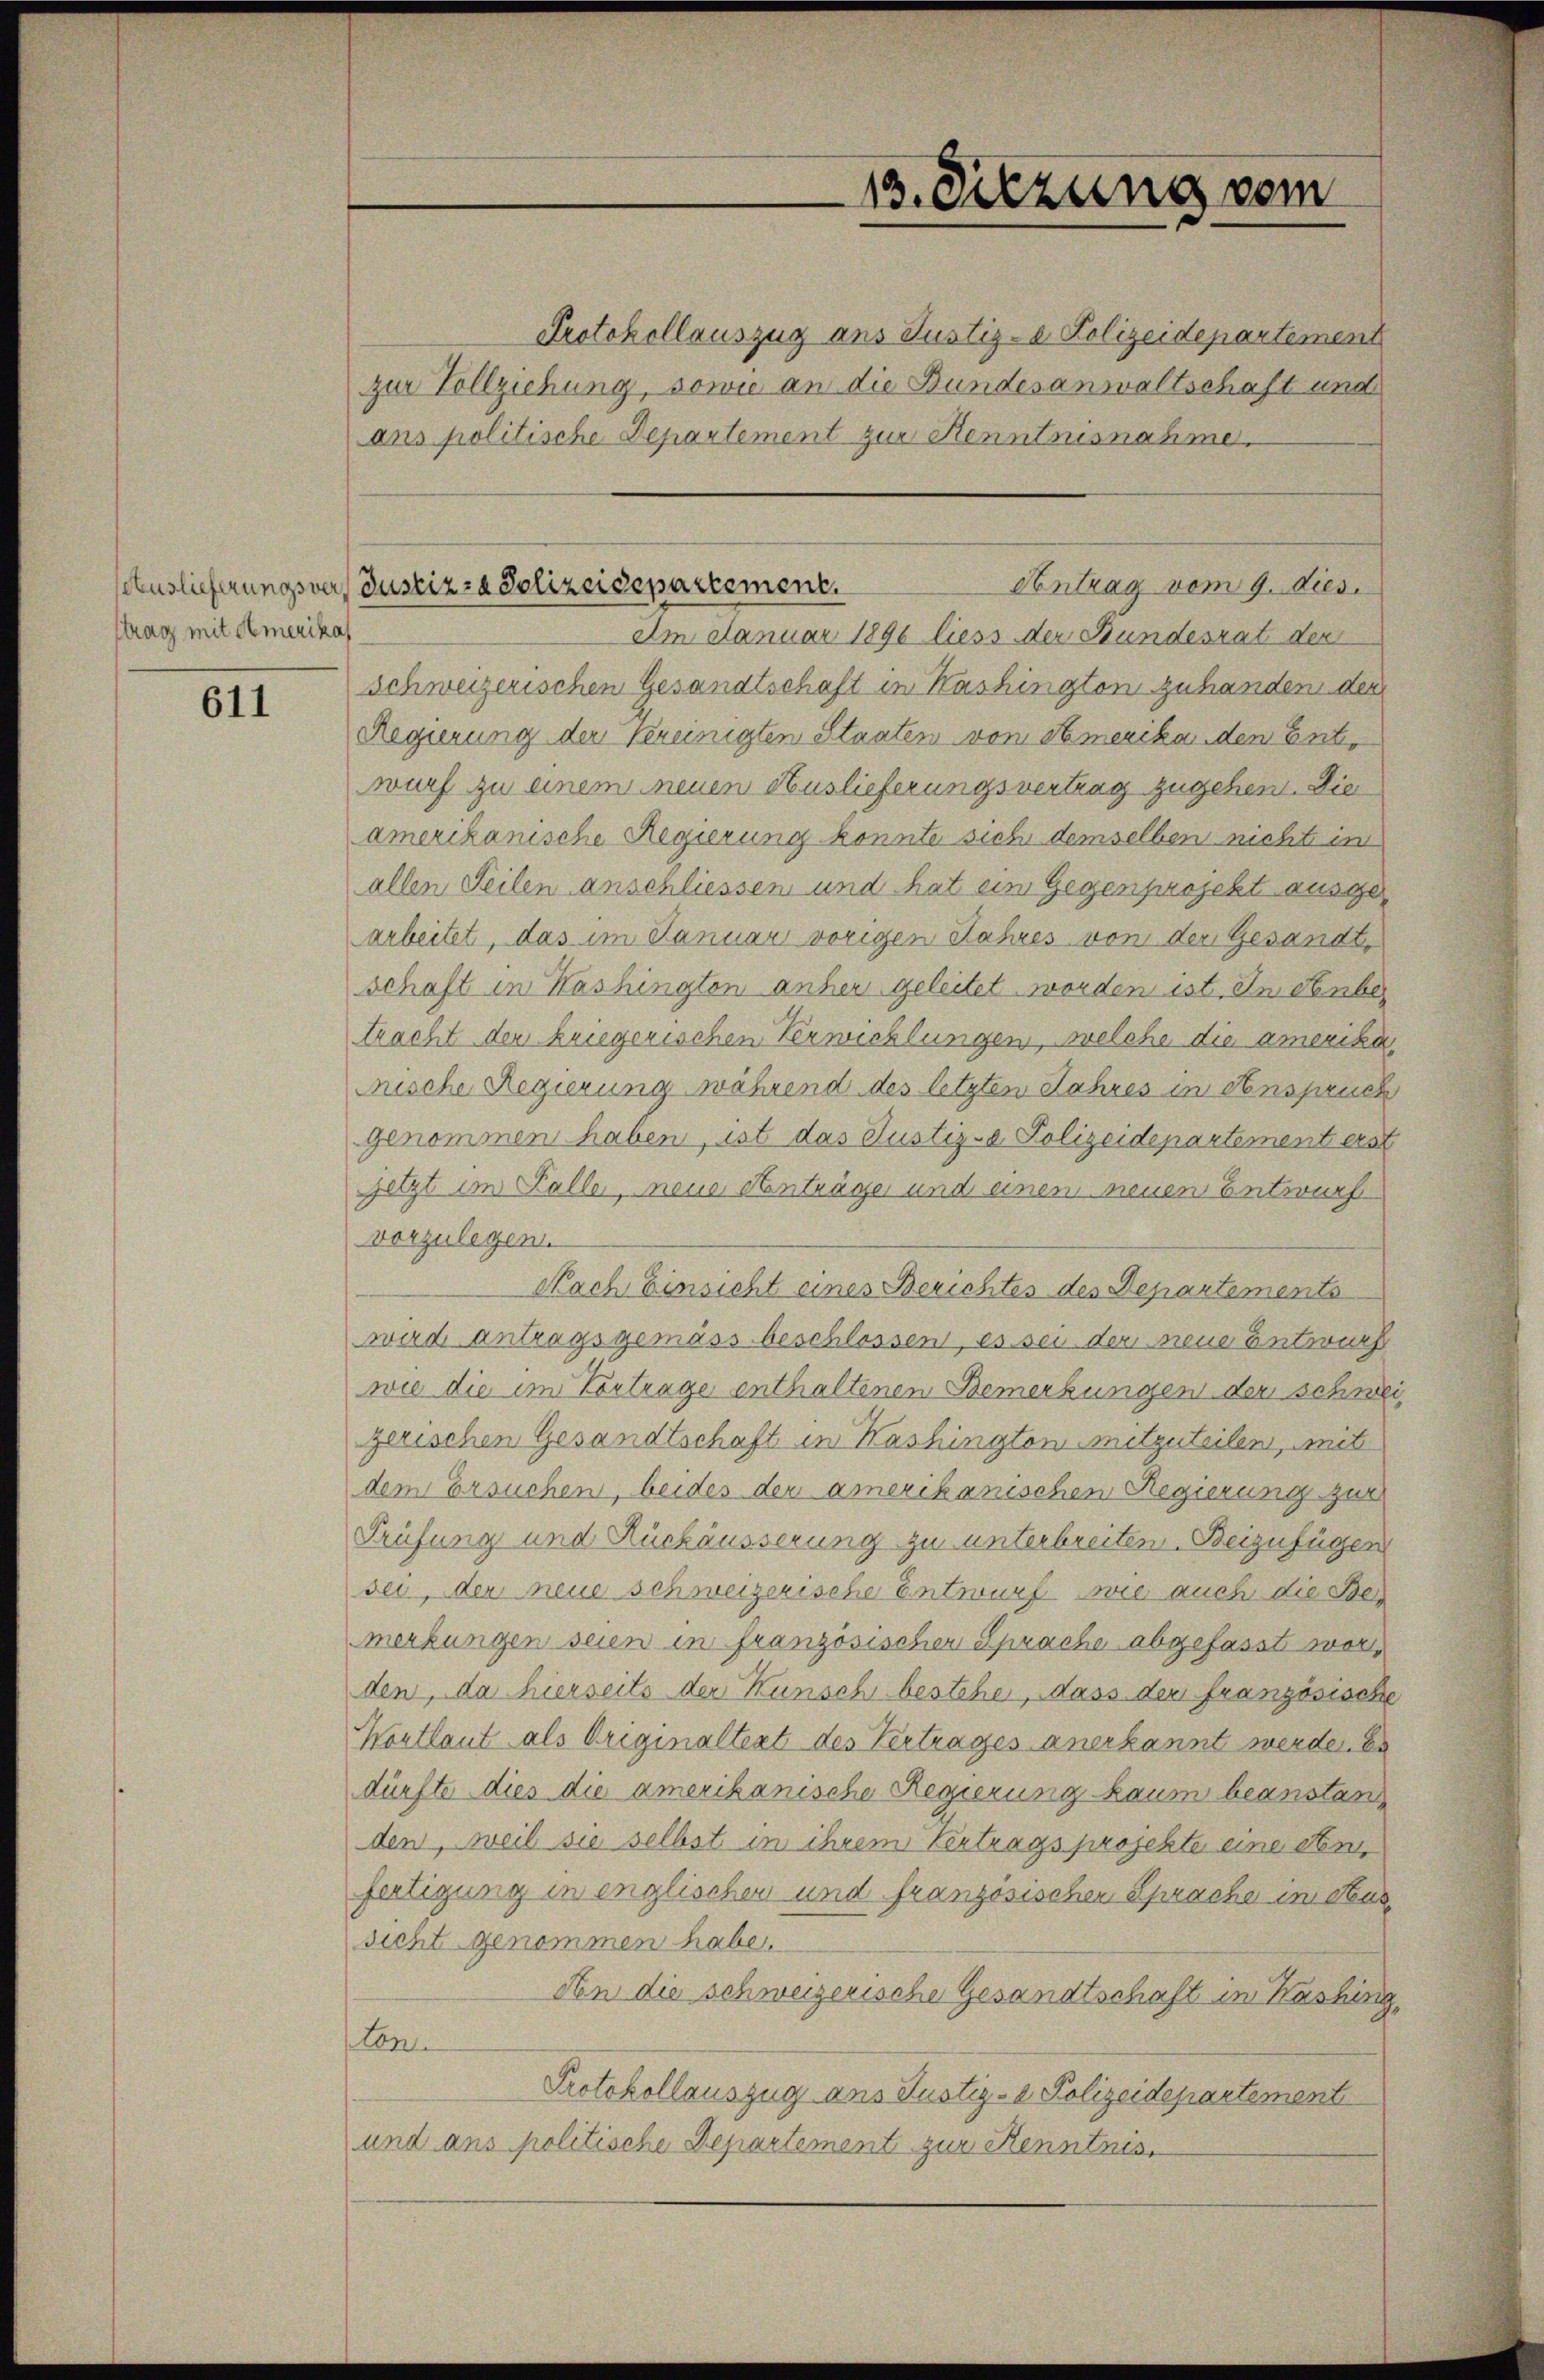
strag mit Amerikas

611

Protokollauszug aus Justiz- & Polizeidepartement
zur Vollziehung, sowie an die Bundesanwaltschaft und
ans politische Departement zur Kenntnisnahme.
Am Januar 1896 liess der Bundesrat der
Schweizerischen Gesandtschaft in Kashington zuhanden der
Regierung der Vereinigten Staaten von Amerika den Entwurf zu einem neuen Auslieferungsvertrag zugehen. Die
amerikanische Regierung konnte sich demselben nicht im
allen Teilen anschliessen und hat ein Gegenprojekt ausgearbeitet, das im Januar vorigen Jahres von der Gesandt,
schaft in Washington anher geleitet worden ist. In denber
tracht der kriegorischen Verwicklungen, welche die amerika
ische Regierung während des letzten Jahres in Anspruch
genommen haben, ist das Justiz- Polizeidepartement erst
setzt im Falle, neue Hanträge und einem neuen Entwurf
vorzulegen
Nach Einsicht eines Berichtes des Departements
wird antragsgemäss beschlossen, es sei der neue Entwurf
wie die im Vortrage enthaltenen Bemerkungen der schweizerischen Gesandtschaft in Washington mitzuteilen, mit
dem Ersuchen, beides der amerikanischen Regierung zur
Prüfung und Rückäusserung zu unterbreiten. Beizufügen
sei, der neue schweizerische Entwurf wie auch die Bemerkungen seien in französischer Sprache abgefasst worden, da hierseits der Kunsch bestehe, dass der französische
Wortlaut als Originaltert des Vertrages anerkannt werde. Es
dürfte dies die amerikanische Regierung kaum beanstan
den, weil sie selbst in ihrem Vertragsprojekte eine Stim
fertigung in englischen und französischen Sprache im Aussicht genommen habe.
Aen die schweizerische Gesandtschaft in Kashing,
ton.
Protokollauszug aus Justiz- & Polizeidepartement
und ans politische Departement zur Kenntnis

Antrag vom 9. dies.
Auslieferungsver, Justiz- & Polizeidepartement.

13. Sitzung vom